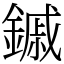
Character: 鏚